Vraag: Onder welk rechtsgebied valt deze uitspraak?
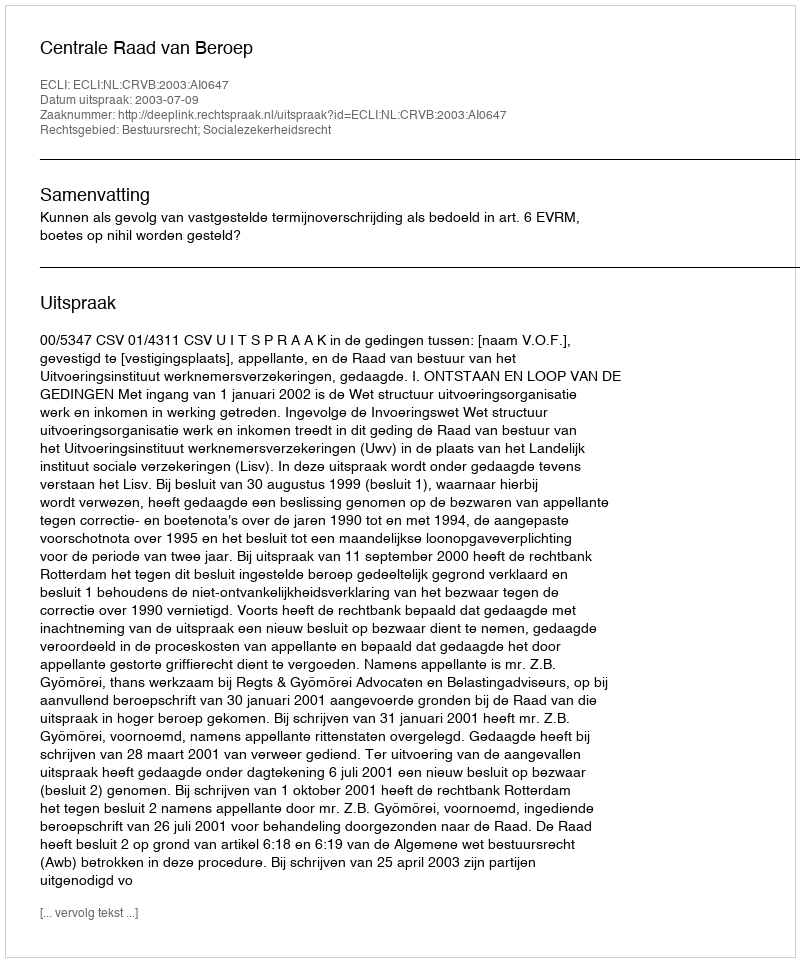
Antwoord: Bestuursrecht; Socialezekerheidsrecht